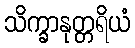
သိက္ခာနုတ္တရိယံ